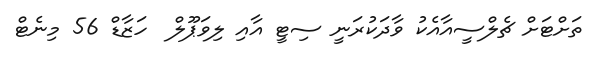
ތަށްޓަށް ޗެލްސީއާއެކު ވާދަކުރަނީ ސިޓީ އާއި ލިވަޕޫލް  ހަޒާޑް 56 މިނެޓް